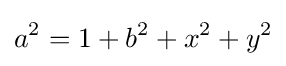
a^{2}=1+b^{2}+x^{2}+y^{2}